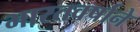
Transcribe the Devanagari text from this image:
भारतवर्षाने